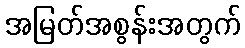
အမြတ်အစွန်းအတွက်